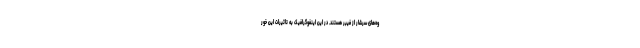
وه‌های سرشار از فیبر هستند. در این اینفوگرافیک به تاثیرات این خور